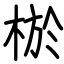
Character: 棜